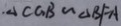
\Delta C G B \sim \Delta B F A